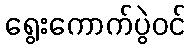
ရွေးကောက်ပွဲဝင်